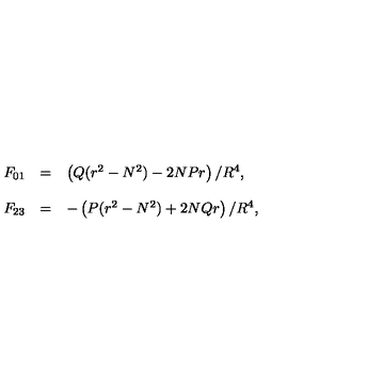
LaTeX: \begin{array} { r c l } { F _ { 0 1 } } & { = } & { \left( Q ( r ^ { 2 } - N ^ { 2 } ) - 2 N P r \right) / R ^ { 4 } , } \\ { } & { } & { } \\ { F _ { 2 3 } } & { = } & { - \left( P ( r ^ { 2 } - N ^ { 2 } ) + 2 N Q r \right) / R ^ { 4 } , } \\ \end{array}